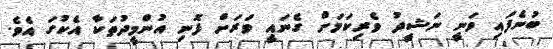
ބުނެފައި ވަނީ ނަޝީދު ވެރިކަމަށް ގެނައީ ވަރަށް ފޮނި އުންމީދުތަކާ އެކުގަ އެވެ.